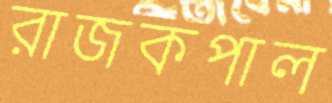
রাজকপাল